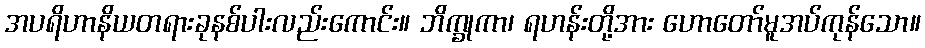
အပရိဟာနိယတရားခုနစ်ပါးလည်းကောင်း။ ဘိက္ခုကာ၊ ရဟန်းတို့အား ဟောတော်မူအပ်ကုန်သော။